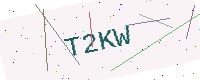
Text: T2KW